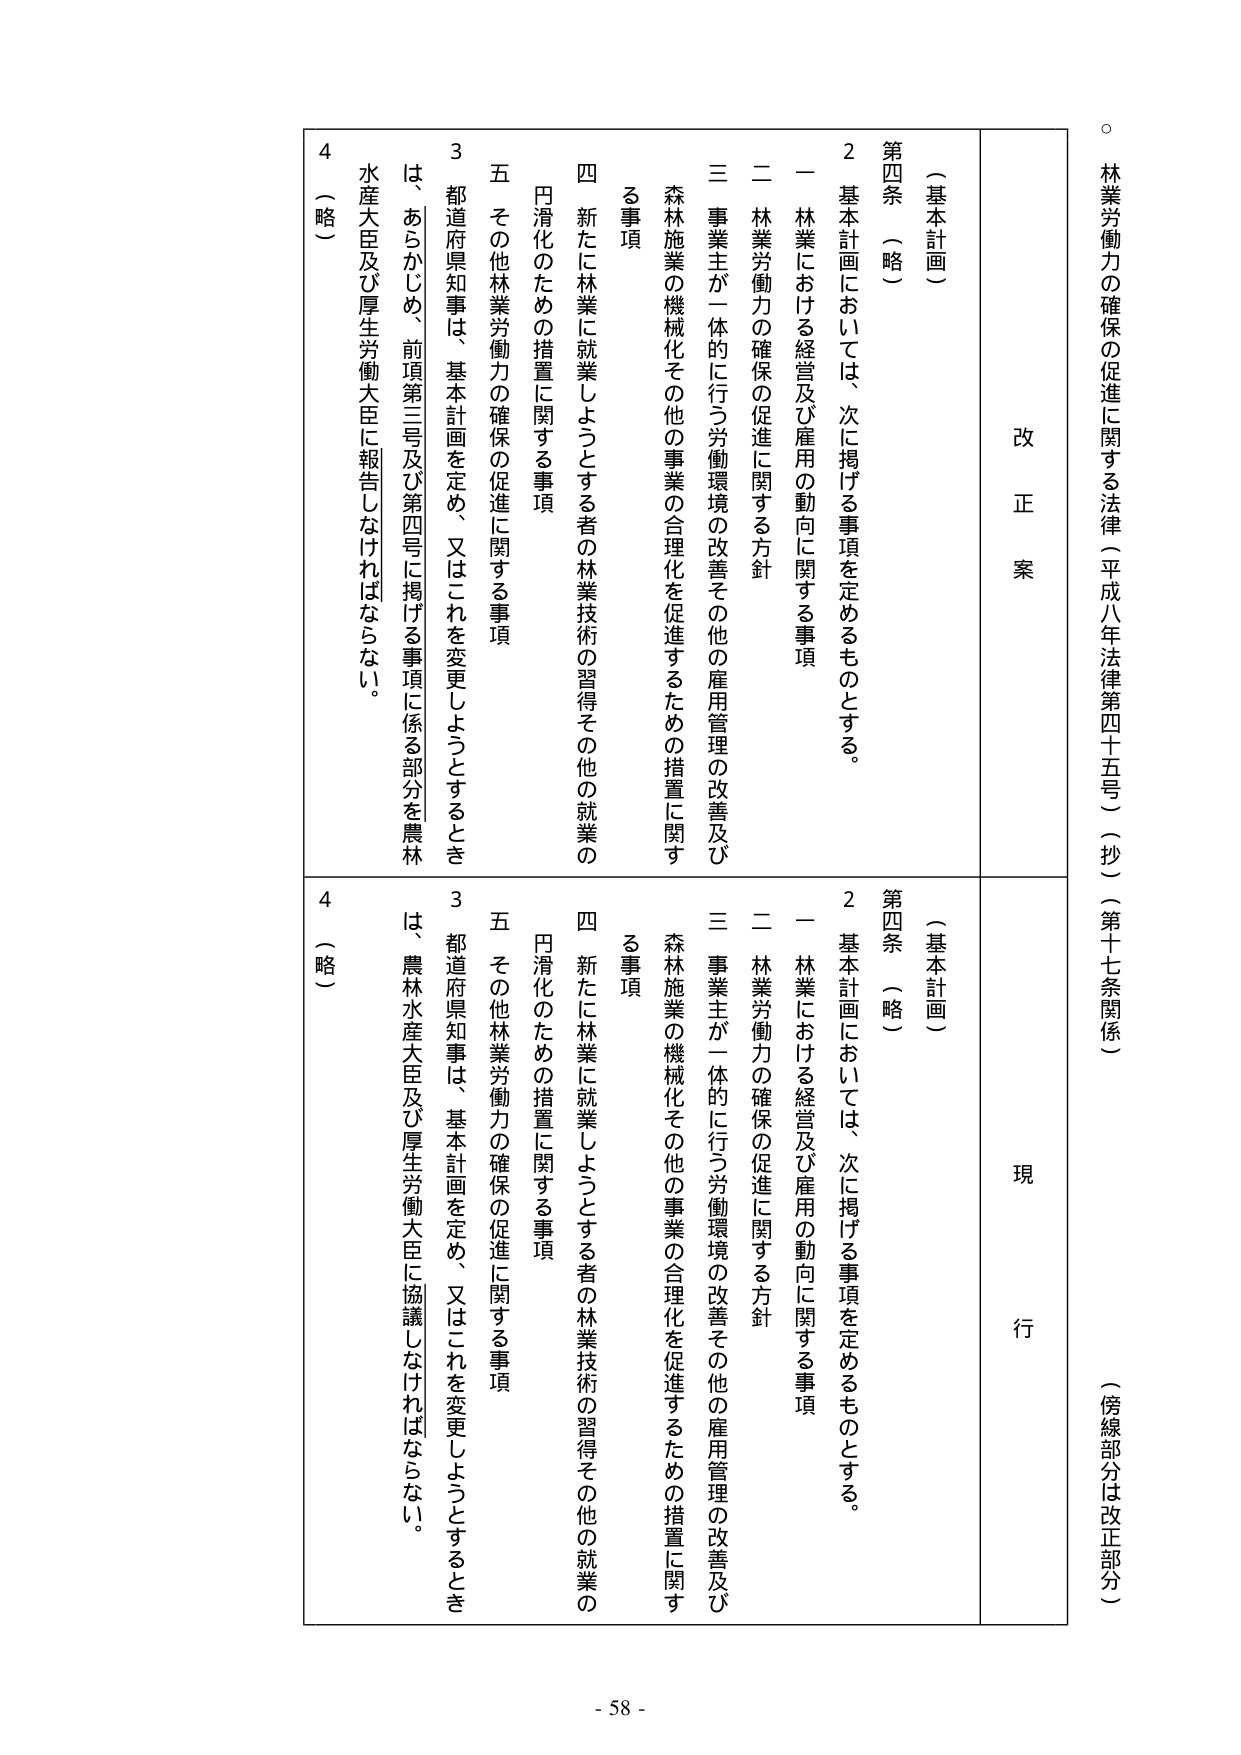
林業労働力の確保の促進に関する法律（平成八年法律第四十五号）（抄）（第十七条関係）
（傍線部分は改正部分）

改正案
現行

（基本計画）
第四条 （略）
２ 基本計画においては、次に掲げる事項を定めるものとする。
一 林業における経営及び雇用の動向に関する事項
二 林業労働力の確保の促進に関する方針
三 事業主が一体的に行う労働環境の改善その他の雇用管理の改善及び
　森林施業の機械化その他の事業の合理化を促進するための措置に関する事項
四 新たに林業に就業しようとする者の林業技術の習得その他の就業の
　円滑化のための措置に関する事項
五 その他林業労働力の確保の促進に関する事項
３ 都道府県知事は、基本計画を定め、又はこれを変更しようとするとき
　は、あらかじめ、前項第三号及び第四号に掲げる事項に係る部分を農林
　水産大臣及び厚生労働大臣に報告しなければならない。
４ （略）

（基本計画）
第四条 （略）
２ 基本計画においては、次に掲げる事項を定めるものとする。
一 林業における経営及び雇用の動向に関する事項
二 林業労働力の確保の促進に関する方針
三 事業主が一体的に行う労働環境の改善その他の雇用管理の改善及び
　森林施業の機械化その他の事業の合理化を促進するための措置に関する事項
四 新たに林業に就業しようとする者の林業技術の習得その他の就業の
　円滑化のための措置に関する事項
五 その他林業労働力の確保の促進に関する事項
３ 都道府県知事は、基本計画を定め、又はこれを変更しようとするとき
　は、農林水産大臣及び厚生労働大臣に協議しなければならない。
４ （略）

- 58 -